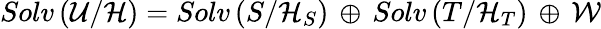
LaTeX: Solv\left({\cal U}/{\cal H}\right)=Solv\left({S}/{\cal H}_{S}\right)\, \oplus\, Solv\left({T}/{\cal H}_{T}\right)\, \oplus\, {\cal W}